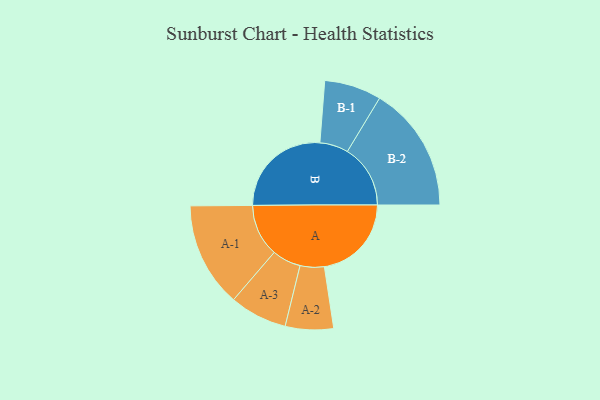
{"axis": {"x": "Segment", "y": "Value"}, "legend": ["", "A", "B"], "data": [{"x": "A", "y": 409, "type": ""}, {"x": "B", "y": 477, "type": ""}, {"x": "A-1", "y": 246, "type": "A"}, {"x": "A-2", "y": 113, "type": "A"}, {"x": "A-3", "y": 135, "type": "A"}, {"x": "B-1", "y": 134, "type": "B"}, {"x": "B-2", "y": 296, "type": "B"}]}